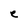
Character: e